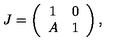
J = \left( \begin{array} { c c } { 1 } & { 0 } \\ { A } & { 1 } \\ \end{array} \right) ,